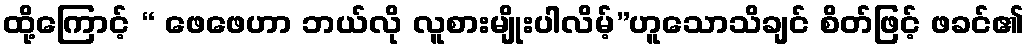
ထို့ကြောင့် “ ဖေဖေဟာ ဘယ်လို လူစားမျိုးပါလိမ့်”ဟူသောသိချင် စိတ်ဖြင့် ဖခင်၏